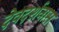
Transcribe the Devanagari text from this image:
देवदर्शनास